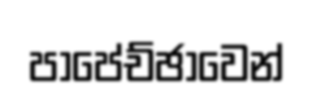
පාපේච්ඡාවෙන්